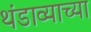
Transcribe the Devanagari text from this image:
थंडाव्याच्या